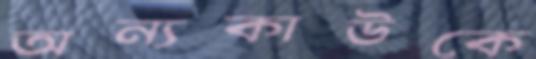
অন্যকাউকে